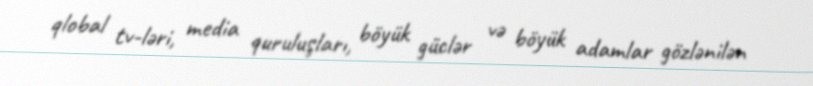
qlobal tv-ləri, media quruluşları, böyük güclər və böyük adamlar gözlənilən